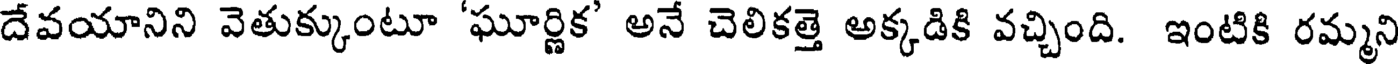
దేవయానిని వెతుక్కుంటూ 'ఘూర్ణిక' అనే చెలికత్తె అక్కడికి వచ్చింది. ఇంటికి రమ్మని